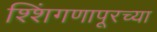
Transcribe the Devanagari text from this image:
श्शिंगणापूरच्या